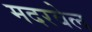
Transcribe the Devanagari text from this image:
मदरवेल